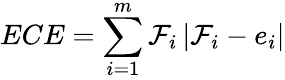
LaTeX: ECE=\sum_{i=1}^{m}\mathcal{F}_{i}\left|\mathcal{F}_{i}-e_{i}\right|